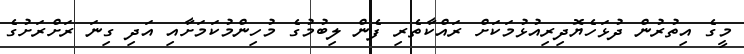
މީގެ އިތުރުން ދުޅަހެޔޮދިރިއުޅުމަކަށް ރައްކާތެރި ފެން ލިބުމުގެ މުހިންމުކަމަށާއި އަދި ގިނަ ރަށްރަށުގެ